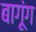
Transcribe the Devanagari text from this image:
बागूंग